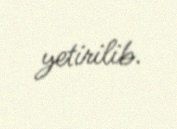
yetirilib.